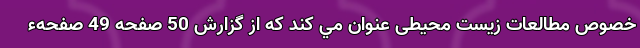
خصوص مطالعات زیست محیطی عنوان مي كند که از گزارش 50 صفحه 49 صفحه‌ء